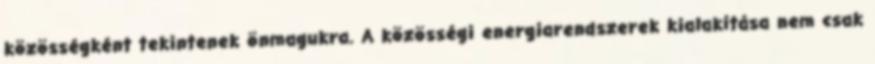
közösségként tekintenek önmagukra. A közösségi energiarendszerek kialakítása nem csak